Document type: Sale
Year: 1439
Scribe: Arnau d'Illes
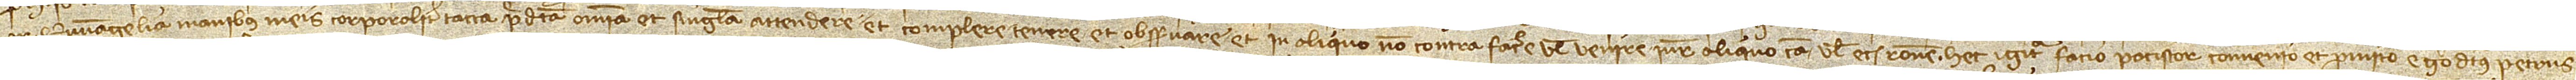
or Evangelia, manibus meis corporaliter tacta, predicta omnia et singula attendere et complere, tenere et observare et in aliquo non contrafacere vel venire iure aliquo, causa vel etiam ratione. Hec igitur facio, paciscor, convenio et promitto ego dictus Petrus